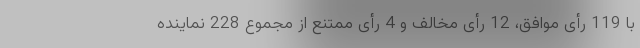
با 119 رأی موافق، 12 رأی مخالف و 4 رأی ممتنع از مجموع 228 نماینده